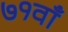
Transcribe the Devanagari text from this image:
७१वाँ